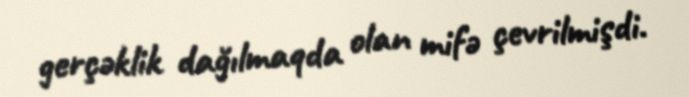
gerçəklik dağılmaqda olan mifə çevrilmişdi.